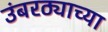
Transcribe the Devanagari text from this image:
उंबरठ्याच्या